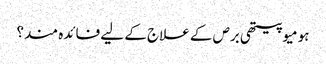
ہومیوپیتھی برص کے علاج کے لیے فائدہ مند؟